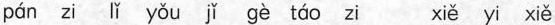
pán zi lǐ yǒu jǐ gè táo zi xiě yi xiě